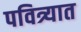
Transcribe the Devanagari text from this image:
पवित्र्यात